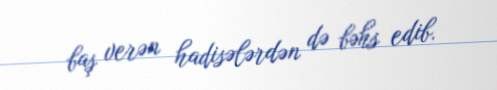
baş verən hadisələrdən də bəhs edib.